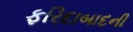
ફરિદાબાદની